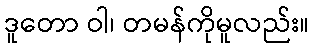
ဒူတော ဝါ၊ တမန်ကိုမူလည်း။